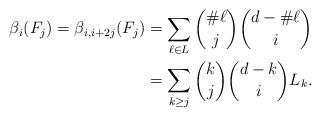
LaTeX: \begin{align*} \beta_i (F_j) = \beta_{i, i + 2j} (F_j) & = \sum_{\ell \in L} \binom{\# \ell}{j} \binom{d - \# \ell}{i} \\& = \sum_{k \ge j} \binom{k}{j} \binom{d-k}{i} L_k. \end{align*}